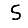
Digit: 5